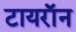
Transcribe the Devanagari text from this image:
टायराॅन